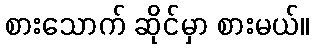
စားသောက် ဆိုင်မှာ စားမယ်။